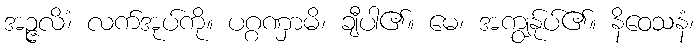
အဉ္ဇလိံ၊ လက်အုပ်ကို။ ပဂ္ဂဏှာမိ၊ ချီပါ၏။ မေ၊ အကျွန်ုပ်၏။ နိဝေသနံ၊